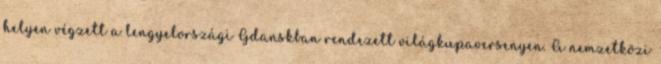
helyen végzett a lengyelországi Gdanskban rendezett világkupaversenyen. A nemzetközi